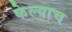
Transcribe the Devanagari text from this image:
केल्याच